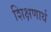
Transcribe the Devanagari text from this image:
शिक्षणार्थ